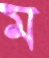
ম